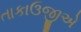
તાકાઉજીએ